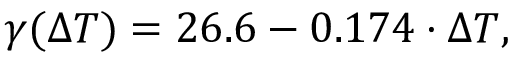
\gamma ( \Delta T ) = 2 6 . 6 - 0 . 1 7 4 \cdot \Delta T ,